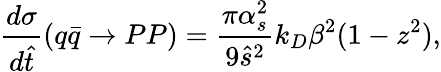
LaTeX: {\frac{d\sigma}{d\hat{t}}}(q\bar{q}\to PP)={\frac{\pi\alpha_{s}^{2}}{9\hat{s}^{2}}}k_{D}\beta^{2}(1-z^{2}),